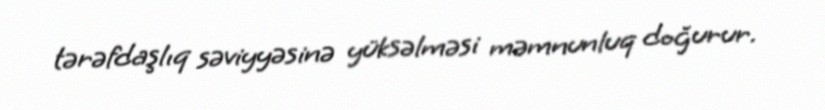
tərəfdaşlıq səviyyəsinə yüksəlməsi məmnunluq doğurur.